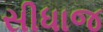
સીધાજ